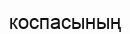
коспасының